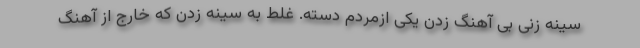
سینه زنی بی آهنگ زدن یکی ازمردم دسته. غلط به سینه زدن که خارج از آهنگ